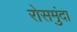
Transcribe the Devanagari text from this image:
रोसमुंदा